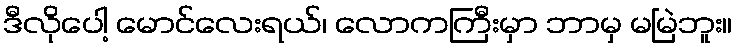
ဒီလိုပေါ့ မောင်လေးရယ်၊ လောကကြီးမှာ ဘာမှ မမြဲဘူး။